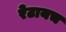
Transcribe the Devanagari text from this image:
रेटायच